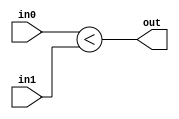
module coreir_ult #(
    parameter width = 1
) (
    input [width-1:0] in0,
    input [width-1:0] in1,
    output out
);
  assign out = in0 < in1;
endmodule

module coreir_ult4_wrapped (
    input [3:0] I0,
    input [3:0] I1,
    output O
);
wire coreir_ult4_inst0_out;
coreir_ult #(
    .width(4)
) coreir_ult4_inst0 (
    .in0(I0),
    .in1(I1),
    .out(coreir_ult4_inst0_out)
);
assign O = coreir_ult4_inst0_out;
endmodule